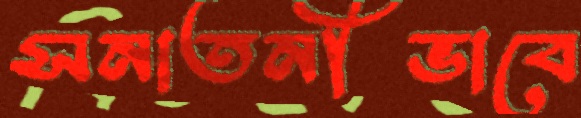
সনাতনীভাবে